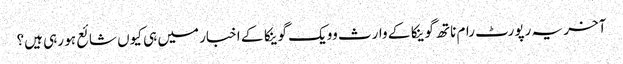
آخر یہ رپورٹ رام ناتھ گوینکا کے وارث وویک گوینکا کے اخبار میں ہی کیوں شائع ہو رہی ہیں؟